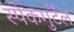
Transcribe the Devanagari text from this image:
स्पेकगुर्टेल